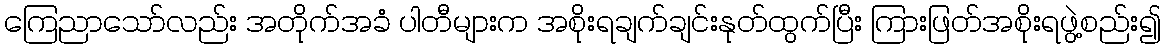
ကြေညာသော်လည်း အတိုက်အခံ ပါတီများက အစိုးရချက်ချင်းနုတ်ထွက်ပြီး ကြားဖြတ်အစိုးရဖွဲ့စည်း၍